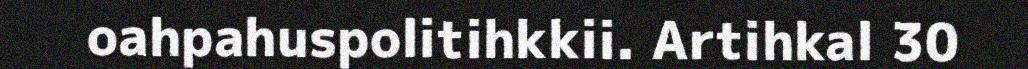
oahpahuspolitihkkii. Artihkal 30